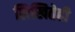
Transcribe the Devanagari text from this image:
लिखितेही